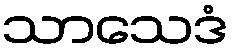
သာသေဒံ